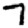
Digit: 7